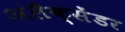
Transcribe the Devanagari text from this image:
अलैक्सेंडर